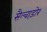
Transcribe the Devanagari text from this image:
सैल्वाड़ोर